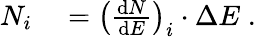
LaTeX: \begin{array}{rl}{N_{i}}&{{}=\left(\frac{\mathrm dN}{\mathrm dE}\right)_{i}\cdot\Delta E\; .}\end{array}